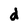
Character: d